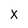
Character: x